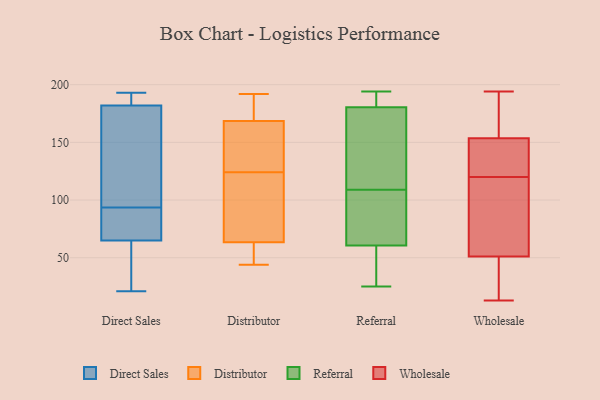
{"axis": {"x": "Operating Costs (USD K)", "y": "Value"}, "legend": ["Direct Sales", "Distributor", "Referral", "Wholesale"], "data": [{"x": "", "y": 65, "type": "Direct Sales"}, {"x": "", "y": 70, "type": "Direct Sales"}, {"x": "", "y": 117, "type": "Direct Sales"}, {"x": "", "y": 193, "type": "Direct Sales"}, {"x": "", "y": 182, "type": "Direct Sales"}, {"x": "", "y": 132, "type": "Direct Sales"}, {"x": "", "y": 68, "type": "Direct Sales"}, {"x": "", "y": 21, "type": "Direct Sales"}, {"x": "", "y": 42, "type": "Direct Sales"}, {"x": "", "y": 187, "type": "Direct Sales"}, {"x": "", "y": 138, "type": "Distributor"}, {"x": "", "y": 189, "type": "Distributor"}, {"x": "", "y": 44, "type": "Distributor"}, {"x": "", "y": 139, "type": "Distributor"}, {"x": "", "y": 180, "type": "Distributor"}, {"x": "", "y": 51, "type": "Distributor"}, {"x": "", "y": 47, "type": "Distributor"}, {"x": "", "y": 167, "type": "Distributor"}, {"x": "", "y": 97, "type": "Distributor"}, {"x": "", "y": 59, "type": "Distributor"}, {"x": "", "y": 98, "type": "Distributor"}, {"x": "", "y": 68, "type": "Distributor"}, {"x": "", "y": 192, "type": "Distributor"}, {"x": "", "y": 110, "type": "Distributor"}, {"x": "", "y": 170, "type": "Distributor"}, {"x": "", "y": 152, "type": "Distributor"}, {"x": "", "y": 42, "type": "Referral"}, {"x": "", "y": 57, "type": "Referral"}, {"x": "", "y": 25, "type": "Referral"}, {"x": "", "y": 50, "type": "Referral"}, {"x": "", "y": 89, "type": "Referral"}, {"x": "", "y": 194, "type": "Referral"}, {"x": "", "y": 191, "type": "Referral"}, {"x": "", "y": 187, "type": "Referral"}, {"x": "", "y": 174, "type": "Referral"}, {"x": "", "y": 129, "type": "Referral"}, {"x": "", "y": 155, "type": "Referral"}, {"x": "", "y": 192, "type": "Referral"}, {"x": "", "y": 64, "type": "Referral"}, {"x": "", "y": 87, "type": "Referral"}, {"x": "", "y": 170, "type": "Referral"}, {"x": "", "y": 89, "type": "Referral"}, {"x": "", "y": 30, "type": "Wholesale"}, {"x": "", "y": 44, "type": "Wholesale"}, {"x": "", "y": 182, "type": "Wholesale"}, {"x": "", "y": 125, "type": "Wholesale"}, {"x": "", "y": 130, "type": "Wholesale"}, {"x": "", "y": 13, "type": "Wholesale"}, {"x": "", "y": 134, "type": "Wholesale"}, {"x": "", "y": 22, "type": "Wholesale"}, {"x": "", "y": 74, "type": "Wholesale"}, {"x": "", "y": 58, "type": "Wholesale"}, {"x": "", "y": 194, "type": "Wholesale"}, {"x": "", "y": 115, "type": "Wholesale"}, {"x": "", "y": 170, "type": "Wholesale"}, {"x": "", "y": 137, "type": "Wholesale"}, {"x": "", "y": 91, "type": "Wholesale"}, {"x": "", "y": 171, "type": "Wholesale"}]}